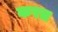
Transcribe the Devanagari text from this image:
करत